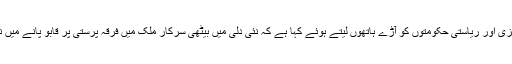
نیشنل کانفرنس کے صدر و رکن پارلیمان ڈاکٹر فاروق عبداللہ نے مرکزی اور ریاستی حکومتوں کو آڑے ہاتھوں لیتے ہوئے کہا ہے کہ نئی دلی میں بیٹھی سرکار ملک میں فرقہ پرستی پر قابو پانے میں ناکام ہوگئی ہے جبکہ ریاستی حکومت لوگوں کو بنیادی ضروریات …